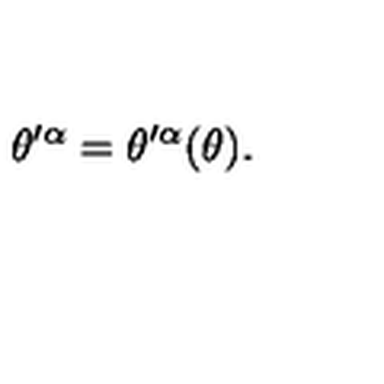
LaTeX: \theta ^ { \prime \alpha } = \theta ^ { \prime \alpha } ( \theta ) .